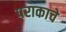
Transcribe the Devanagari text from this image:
पराकाचे